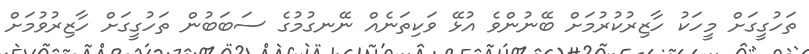
ތަހުގީގަށް މީހަކު ހާޒިރުކުރުމަށް ބޭނުންވެ އުޅޭ ވަކިތަނެއް ނޭނގުމުގެ ސަބަބުން ތަހުގީގަށް ހާޒިރުވުމަށް